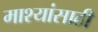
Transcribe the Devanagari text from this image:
माश्यांसाठी